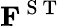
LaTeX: \mathbf{F}^{\mathrm{~S~T~}}